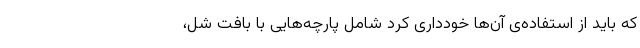
که باید از استفاده‌ی آن‌ها خودداری کرد شامل پارچه‌هایی با بافت شل،